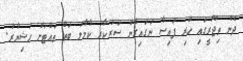
ދެން ތިޖޫރީގައި ހުރި ފައިސާ ނަގައިގެން ސަރުކާރު ކާމާލު ބަތް ތައްޓަށް ހުޝިޔާރު.